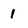
Character: 1